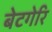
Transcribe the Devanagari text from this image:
बेटगेरि